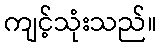
ကျင့်သုံးသည်။